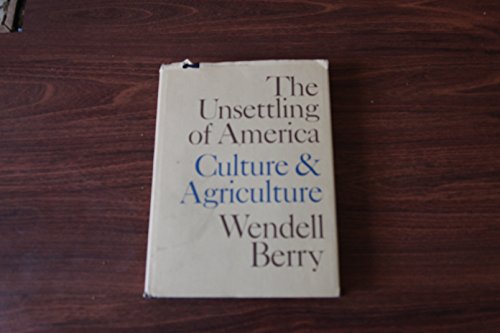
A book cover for The Unsettling of America: Culture and Agriculture; Wendell Berry; Science & Math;